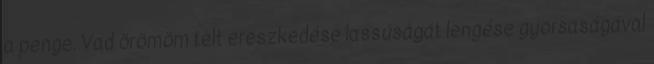
a penge. Vad örömöm telt ereszkedése lassúságát lengése gyorsaságával